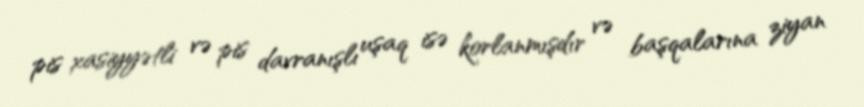
pis xasiyyətli və pis davranışlı uşaq isə korlanmışdır və başqalarına ziyan